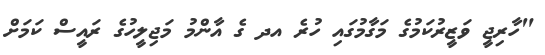
"ހާރިޖީ ވަޒީރުކަމުގެ މަގާމުގައި ހުރެ އދ ގެ އާންމު މަޖިލީހުގެ ރައީސް ކަމަށް